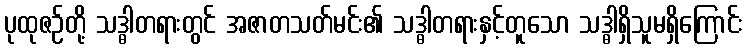
ပုထုဇဉ်တို့ သဒ္ဓါတရားတွင် အဇာတသတ်မင်း၏ သဒ္ဓါတရားနှင့်တူသော သဒ္ဓါရှိသူမရှိကြောင်း